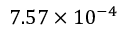
7 . 5 7 \times 1 0 ^ { - 4 }